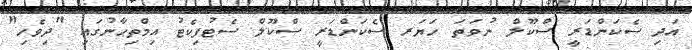
އަދި ސެކަންޑަރީ ސްކޫލް ނުވަތަ ހަޔަރ ސެކަންޑަރީ ސްކޫލް ސެޓުފިކެޓު އިމްތިޙާނުގައި "ދިވެހި"